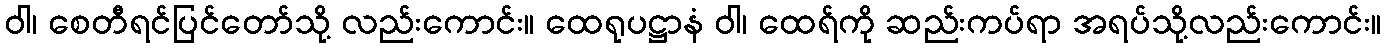
ဝါ၊ စေတီရင်ပြင်တော်သို့ လည်းကောင်း။ ထေရုပဋ္ဌာနံ ဝါ၊ ထေရ်ကို ဆည်းကပ်ရာ အရပ်သို့လည်းကောင်း။